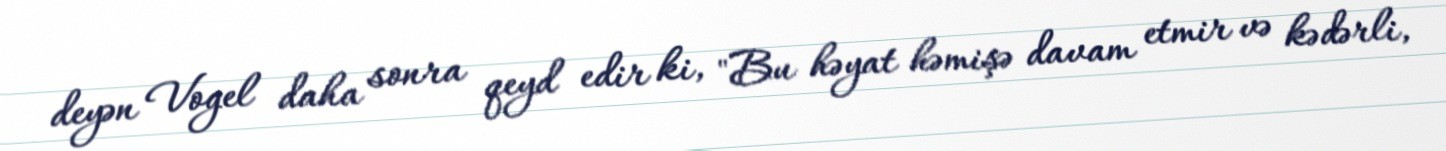
deyən Vogel daha sonra qeyd edir ki, "Bu həyat həmişə davam etmir və kədərli,